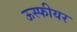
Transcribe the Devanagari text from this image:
ऊस्फीयर